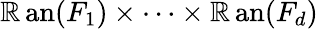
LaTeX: \operatorname{\mathbb{R}an}(F_{1})\times\cdots\times\operatorname{\mathbb{R}an}(F_{d})